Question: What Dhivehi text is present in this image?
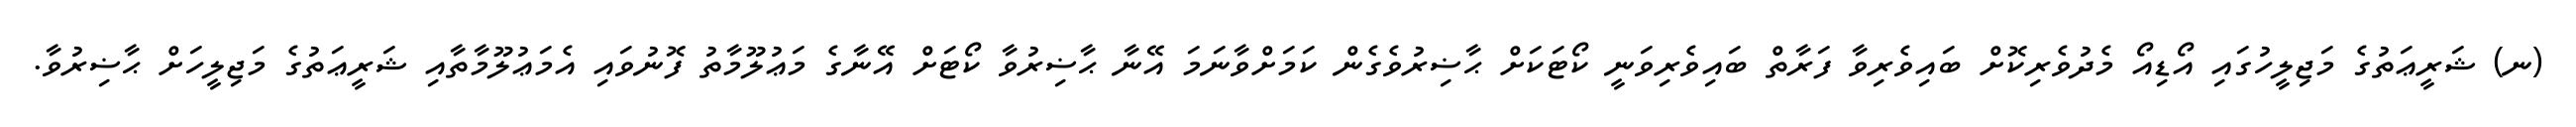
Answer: (ނ) ޝަރީޢަތުގެ މަޖިލީހުގައި އޯޑިއޯ މެދުވެރިކޮށް ބައިވެރިވާ ފަރާތް ބައިވެރިވަނީ ކޯޓަކަށް ޙާޟިރުވެގެން ކަމަށްވާނަމަ އޭނާ ޙާޟިރުވާ ކޯޓަށް އޭނާގެ މަޢުލޫމާތު ފޮނުވައި އެމަޢުލޫމާތާއި ޝަރީޢަތުގެ މަޖިލީހަށް ޙާޟިރުވާ.